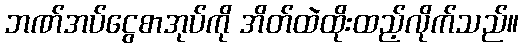
ဘဏ်အပ်ငွေစာအုပ်ကို အိတ်ထဲထိုးထည့်လိုက်သည်။